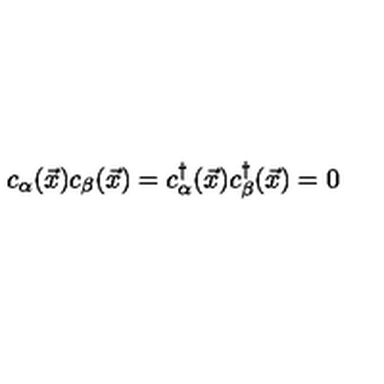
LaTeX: c _ { \alpha } ( { \vec { x } } ) c _ { \beta } ( { \vec { x } } ) = c _ { \alpha } ^ { \dagger } ( { \vec { x } } ) c _ { \beta } ^ { \dagger } ( { \vec { x } } ) = 0